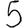
Digit: 5